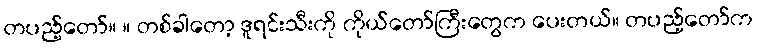
တပည့်တော်။ ။ တစ်ခါတော့ ဒူရင်းသီးကို ကိုယ်တော်ကြီးတွေက ပေးတယ်။ တပည့်တော်က